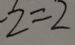
- 2 = 2